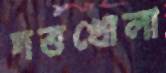
দত্তখোলা